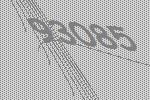
93085